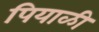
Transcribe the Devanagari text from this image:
पियाळी